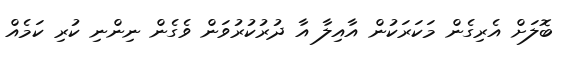
ބޮލަށް އެރިގެން މަކަރަކުން އާއިލާ އާ ދުރުކުރުވަން ވެގެން ނިންނި ކުރި ކަމެއް